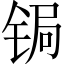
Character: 锔